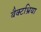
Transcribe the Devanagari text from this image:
बैक्टभ्रिया